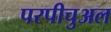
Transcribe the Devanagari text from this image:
परपीचुअल